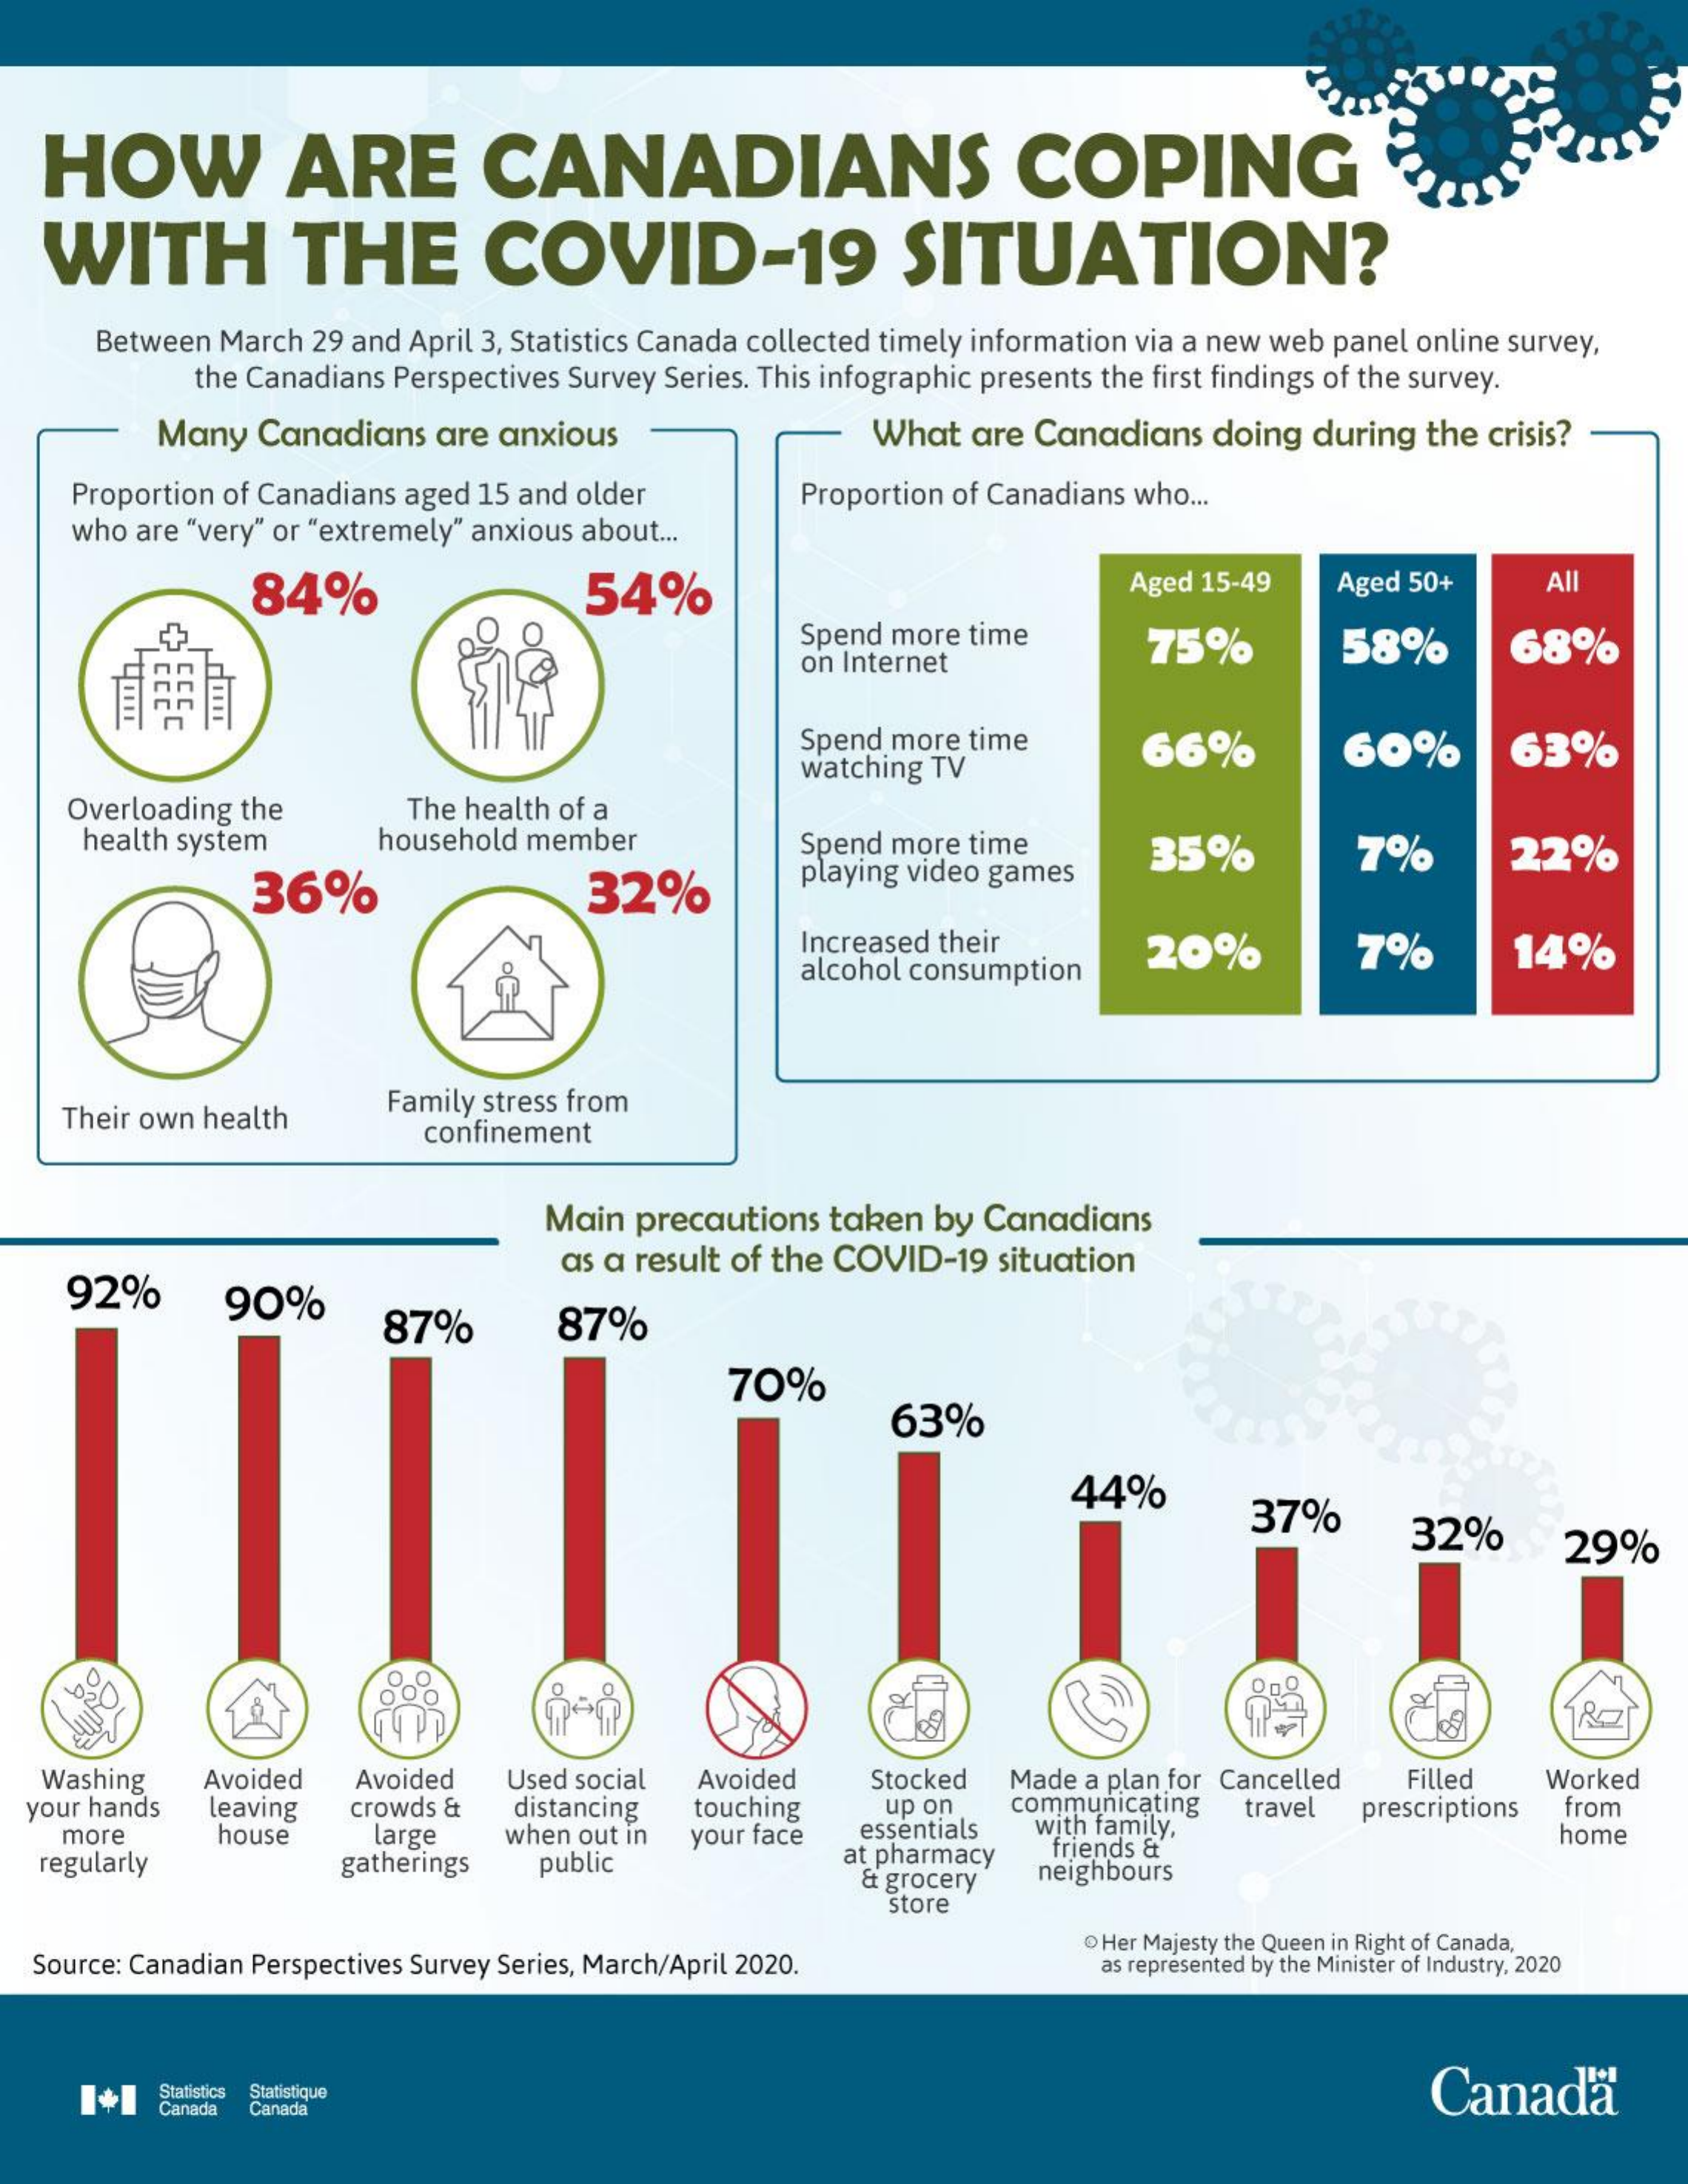
HOW    ARE    CANADIANS    COPING
   WITH    THE    COVID-19    SITUATION?
     Between March 29 and April 3, Statistics Canada collected timely information via a new web panel online survey,
     the Canadians Perspectives Survey Series. This infographic presents the first findings of the survey.
     Many  Canadians  are anxious    What   are Canadians doing  during the crisis?
     Proportion of Canadians aged 15 and older    Proportion of Canadians who ...
     who are "very" or "extremely" anxious about ...
     84%    54%    Aged 15-49   Aged 50+    All
     Spend more time    75%    58%
     on Internet
     68%
     Spend more time
     watching TV
     66%    60%    63%
     Overloading the    The health of a
     health system    household member    Spend more time
     36%    32%    playing video games
     35%    7%    22%
     Increased their
     alcohol consumption
     20%    7%    14%
    Their own health
     Family stress from
     confinement
     Main  precautions taken by Canadians
    92%
     as a result of the COVID-19 situation
     90%
     87%    87%
     70%
     63%
     44%
     37%    32%    29%
     O
     åeů
   Washing   Avoided  Avoided   Used social Avoided    Stocked Made a plan for Cancelled Filled Worked
  your hands  leaving crowds &  distancing  touching   up on   communicating
    more    house    large    when out in your face essentials with family.
     travel prescriptions from
     home
   regularly    gatherings  public    at pharmacy  friends &
     & grocery  neighbours
     store
  Source: Canadian Perspectives Survey Series, March/April 2020.
     Her Majesty the Queen in Right of Canada,
     as represented by the Minister of Industry, 2020
     Canada Statistics Statistique
     Canada Canaca